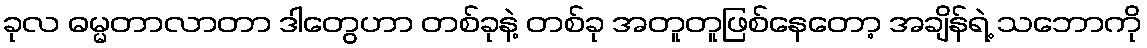
ခုလ ဓမ္မတာလာတာ ဒါတွေဟာ တစ်ခုနဲ့ တစ်ခု အတူတူဖြစ်နေတော့ အချိန်ရဲ့ သဘောကို